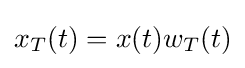
x_{T}(t)=x(t)w_{T}(t)